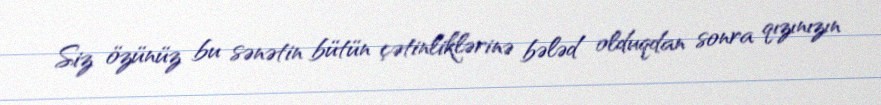
Siz özünüz bu sənətin bütün çətinliklərinə bələd olduqdan sonra qızınızın